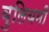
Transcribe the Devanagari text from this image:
वुलियमी